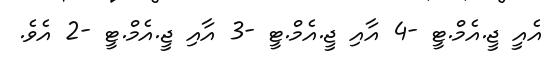
އެއީ ޖީ.އެމް.ޓީ -4 އާއި ޖީ.އެމް.ޓީ -3 އާއި ޖީ.އެމް.ޓީ -2 އެވެ.